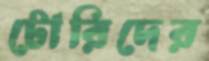
টোরিদের